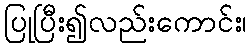
ပြုပြီး၍လည်းကောင်း၊